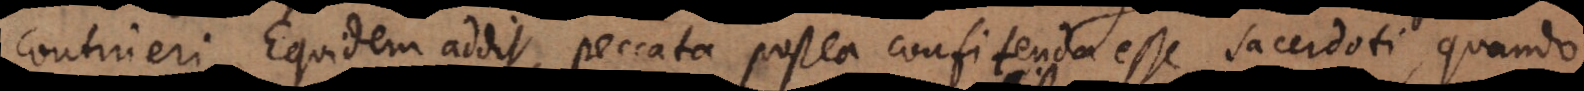
contineri. Equidem addit, peccata postea confitenda esse sacerdoti, quando